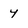
Character: 4